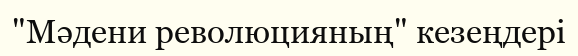
"Мәдени революцияның" кезеңдері